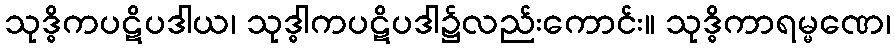
သုဒ္ဓိကပဋိပဒါယ၊ သုဒ္ဓါကပဋိပဒါ၌လည်းကောင်း။ သုဒ္ဓိကာရမ္မဏေ၊